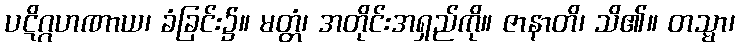
ပဋိဂ္ဂဟဏာယ၊ ခံခြင်း၌။ မတ္တံ၊ အတိုင်းအရှည်ကို။ ဇာနာတိ၊ သိ၏။ တသ္မာ၊